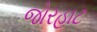
જોરહાટ